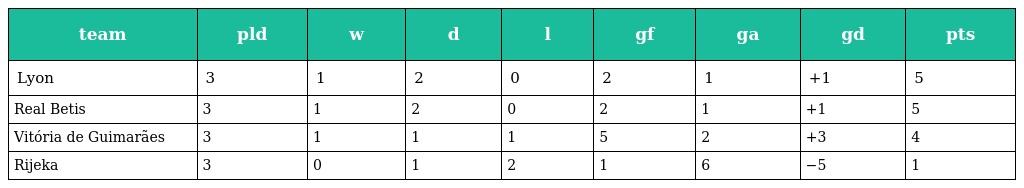
| team | pld | w | d | l | gf | ga | gd | pts |
 | --- | --- | --- | --- | --- | --- | --- | --- | --- |
 | Lyon | 3 | 1 | 2 | 0 | 2 | 1 | +1 | 5 |
 | Real Betis | 3 | 1 | 2 | 0 | 2 | 1 | +1 | 5 |
 | Vitória de Guimarães | 3 | 1 | 1 | 1 | 5 | 2 | +3 | 4 |
 | Rijeka | 3 | 0 | 1 | 2 | 1 | 6 | −5 | 1 |